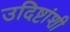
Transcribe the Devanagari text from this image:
उदिष्टांशी